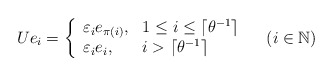
\begin{align*} U e_i = \left\{\begin{array}{ll} \varepsilon_i e_{\pi(i)}, & 1\leq i\leq \lceil \theta^{-1} \rceil\\ \varepsilon_i e_i, & i > \lceil \theta^{-1} \rceil \end{array} \right. \quad(i\in \mathbb N) \end{align*}